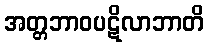
အတ္တဘာဝပဋိလာဘာတိ